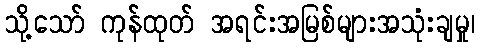
သို့သော် ကုန်ထုတ် အရင်းအမြစ်များအသုံးချမှု၊